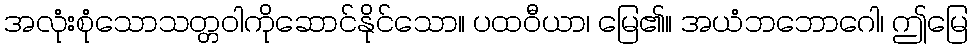
အလုံးစုံသောသတ္တဝါကိုဆောင်နိုင်သော။ ပထဝီယာ၊ မြေ၏။ အယံဘဘောဂေါ၊ ဤမြေ